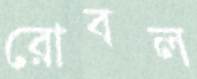
রোবল